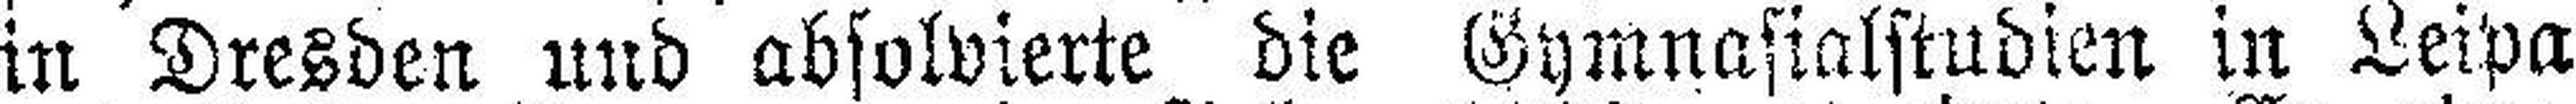
in Dresden und absolvierte die Gymnasialstudien in Leipa